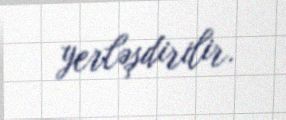
yerləşdirilir.